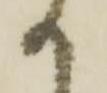
か